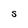
Character: S